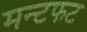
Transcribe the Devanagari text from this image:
मन्टफट